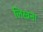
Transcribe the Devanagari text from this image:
लिख्नना